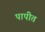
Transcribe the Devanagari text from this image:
पापीत